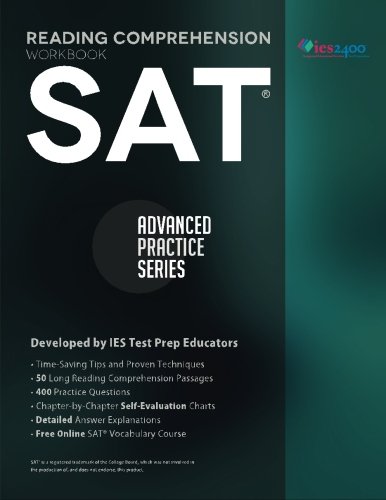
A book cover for SAT Reading Comprehension Workbook: Advanced Practice Series (Volume 1); Khalid Khashoggi; Test Preparation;